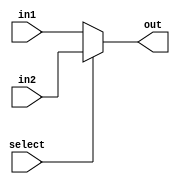
`ifndef MODULE_Mux
`define MODULE_Mux
module Mux_N_bit(in1,in2,out,select);
    parameter N = 32;
    input[N-1:0] in1,in2;
    input select;
    output[N-1:0] out;
    assign out = select?in2:in1;
endmodule
`endif